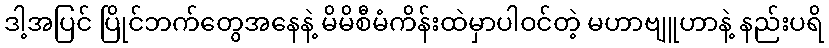
ဒါ့အပြင် ပြိုင်ဘက်တွေအနေနဲ့ မိမိစီမံကိန်းထဲမှာပါဝင်တဲ့ မဟာဗျူဟာနဲ့ နည်းပရိ